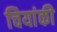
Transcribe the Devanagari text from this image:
चियांकी